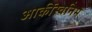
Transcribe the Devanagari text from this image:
आर्कीस्वनिम